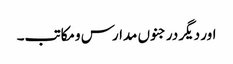
اور دیگر درجنوں مدارس ومکاتب۔